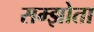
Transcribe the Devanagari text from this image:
सम्झोता